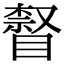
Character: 𥊨